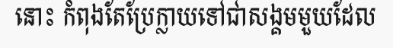
នោះ កំពុងតែប្រែក្លាយទៅជាសង្គមមួយដែល